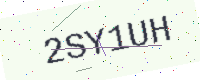
Text: 2SY1UH